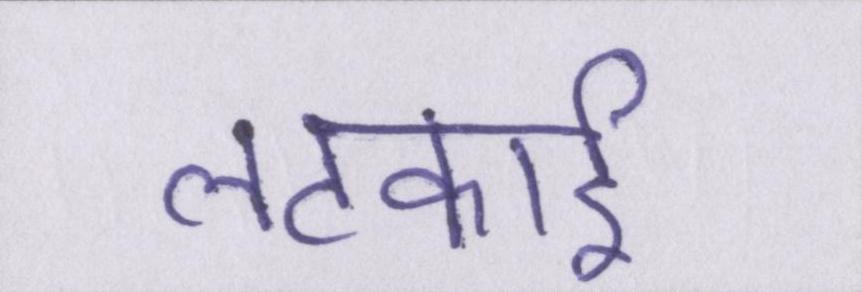
लटकाई